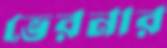
ভেরনার